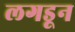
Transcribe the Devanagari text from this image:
लगडून